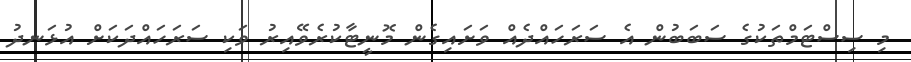
މި ސިސްޓަމްތަކުގެ ސަބަބުން އެ ސަރަހައްދެއް ވަށައިގެން މޮނީޓާކުރެވޭއިރު ވަކި ސަރަހައްދަކަށް އުޅަނދު